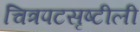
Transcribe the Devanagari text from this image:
चित्रपटसृष्टीली